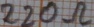
Text: 220Ω